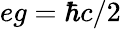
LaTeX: eg=\hbar c/2